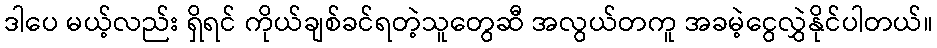
ဒါပေ မယ့်လည်း ရှိရင် ကိုယ်ချစ်ခင်ရတဲ့သူတွေဆီ အလွယ်တကူ အခမဲ့ငွေလွှဲနိုင်ပါတယ်။